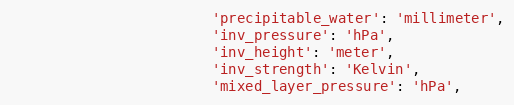
Language: Python
                        'precipitable_water': 'millimeter',
                        'inv_pressure': 'hPa',
                        'inv_height': 'meter',
                        'inv_strength': 'Kelvin',
                        'mixed_layer_pressure': 'hPa',